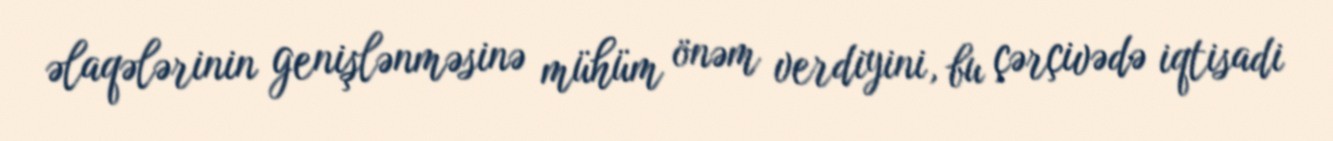
əlaqələrinin genişlənməsinə mühüm önəm verdiyini, bu çərçivədə iqtisadi